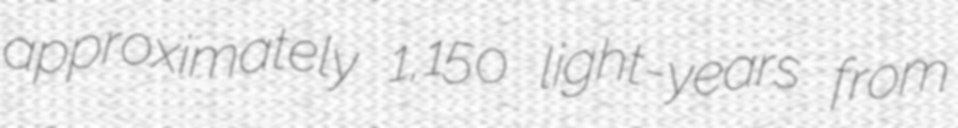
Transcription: approximately 1,150 light-years from